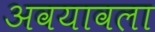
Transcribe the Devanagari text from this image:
अवयावला